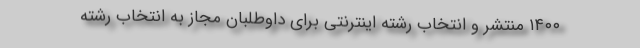
۱۴۰۰ منتشر و انتخاب رشته اینترنتی برای داوطلبان مجاز به انتخاب رشته